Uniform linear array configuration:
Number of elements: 48
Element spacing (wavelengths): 0.5
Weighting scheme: hann
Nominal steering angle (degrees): -45
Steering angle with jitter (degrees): -43.636
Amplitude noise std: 0.05
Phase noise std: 0.05

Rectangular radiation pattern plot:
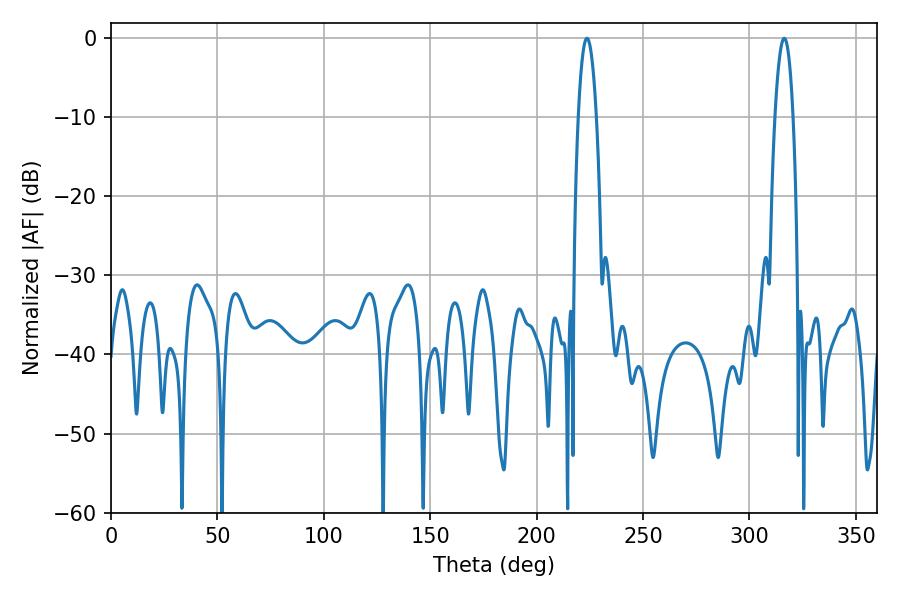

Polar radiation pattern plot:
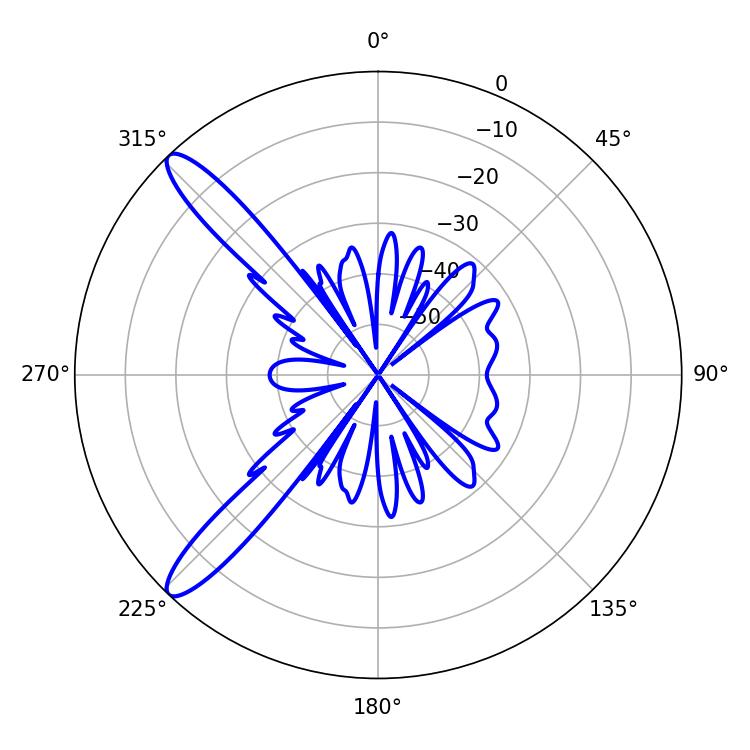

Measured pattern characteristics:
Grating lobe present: FALSE
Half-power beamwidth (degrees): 4.68
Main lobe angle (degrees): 223.74